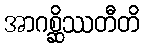
အာဂစ္ဆိဿတီတိ